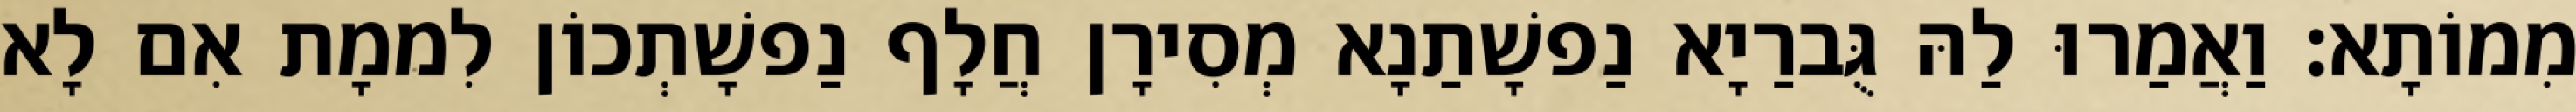
מִמוֹתָא׃ וַאֲמַרוּ לַהּ גֻּברַיָא נַפשָׁתַנָא מְסִירָן חֲלָף נַפשָׁתְכוֹן לִממָת אִם לָא